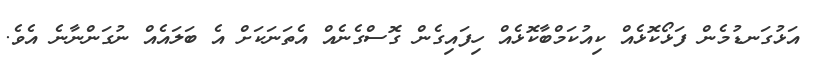
އަޅުގަނޑުމެން ފަޅޯކޮޅެއް ކިއުކަމްބާކޮޅެއް ހިފައިގެން ގޮސްގެނެއް އެތަނަކަށް އެ ބަލައެއް ނުގަންނާނެ އެވެ.